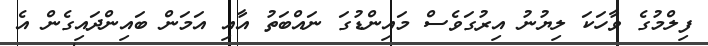
ފިލްމުގެ ވާހަކަ ލިޔުނު އިރުގަވެސް މައިންޑުގަ ނައްބަތު އާއި އަމަން ބައިންދައިގެން އެ